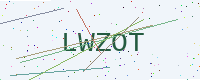
Text: LWZOT